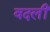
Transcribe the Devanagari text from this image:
वदलीं